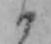
か